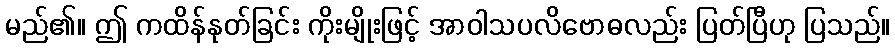
မည်၏။ ဤ ကထိန်နုတ်ခြင်း ကိုးမျိုးဖြင့် အာဝါသပလိဗောဓလည်း ပြတ်ပြီဟု ပြသည်။